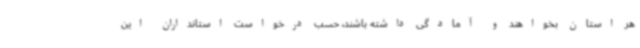
هر استان بخواهند و آمادگی داشته باشند، حسب درخواست استانداران این